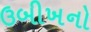
ઉબીખનો